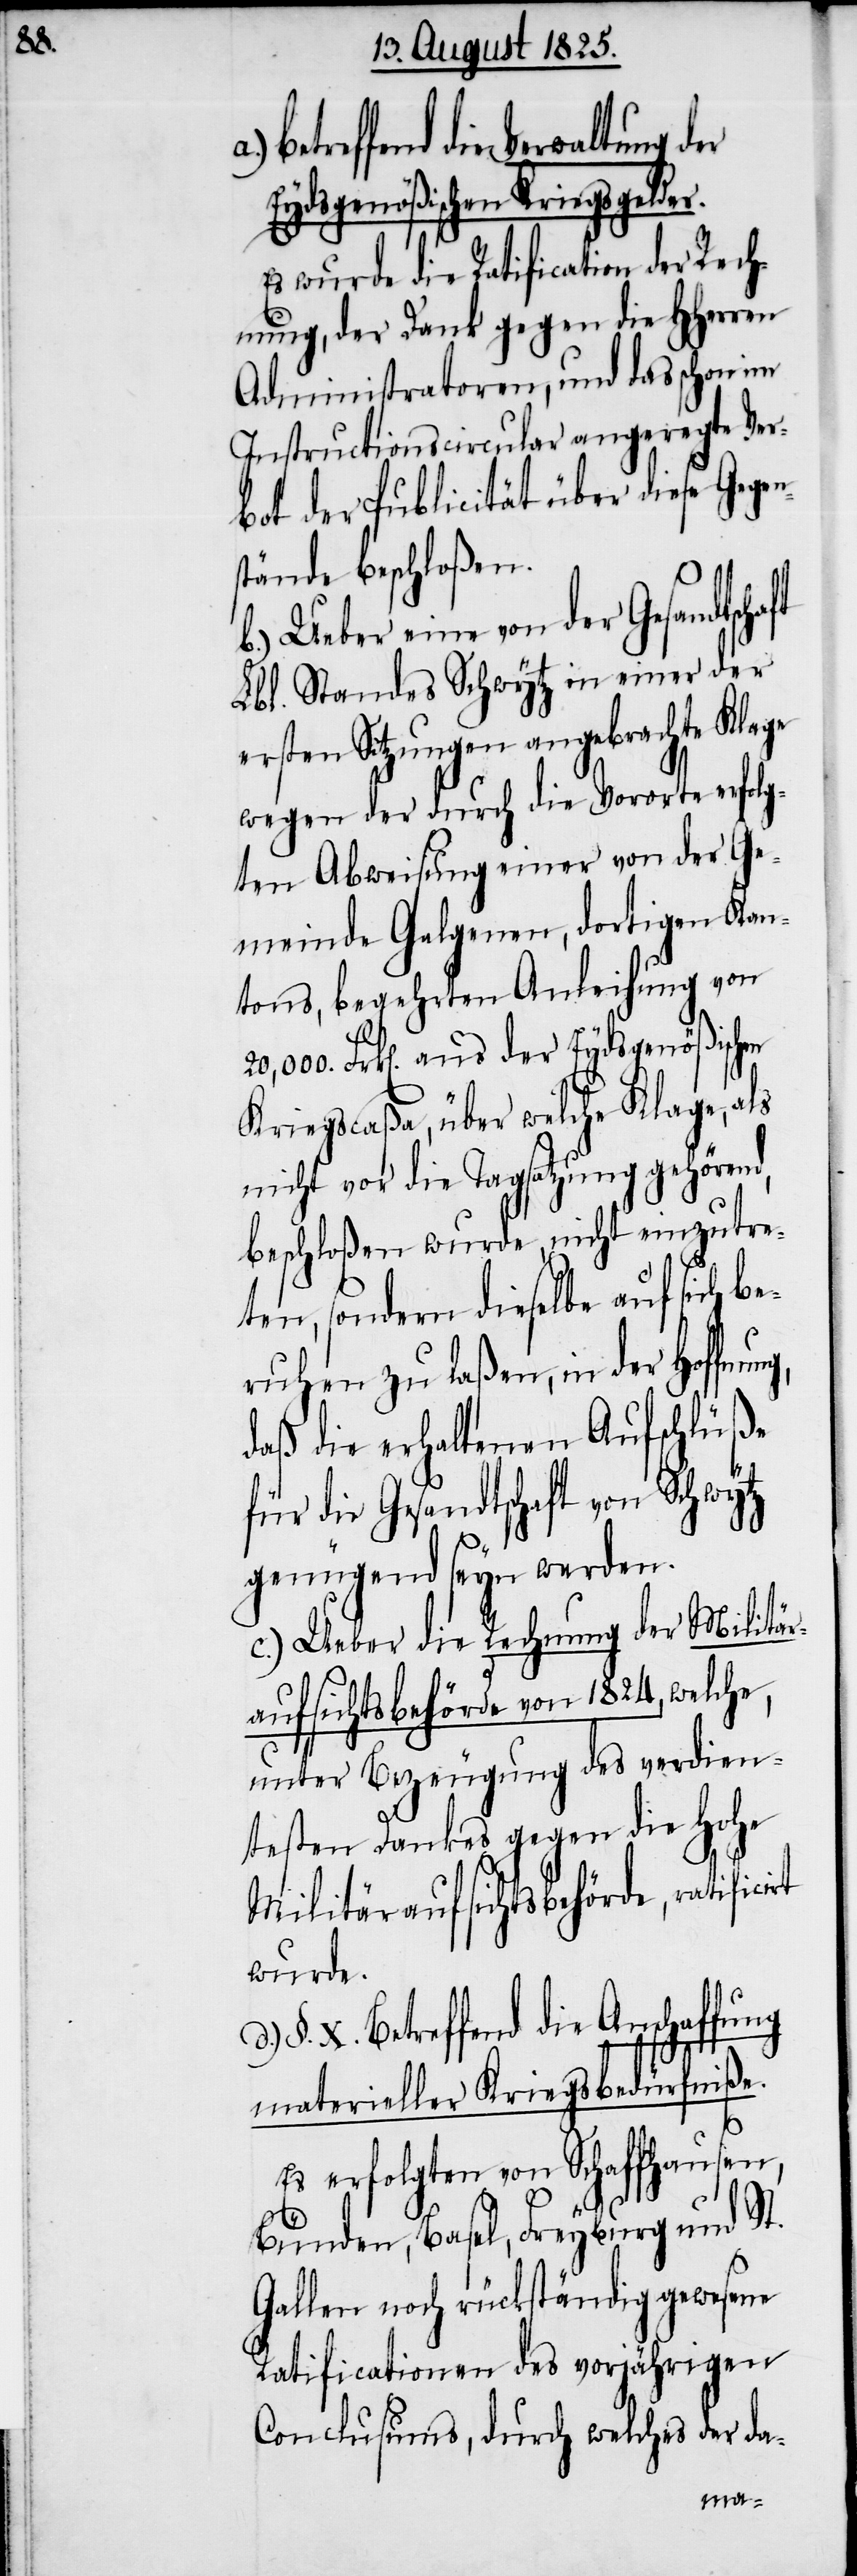
Eydsgenößischen Kriegsgelder.
Es wurde die Ratification der Rech¬
nung, der Dank gegen die Hherren
Administratoren, und das schon im
Instructionscircular angeregte Ver¬
bot der Publicität über diese Gegen¬
stände beschloßen.
b.) Ueber eine von der Gesandtsch¬
Lbl. Standes Schwytz in einer der
ersten Sitzungen angebrachte Klage
wegen der durch die Vororte erfolg¬
ten Abweisung einer von der Ge¬
meinde Galgenen, dortigen Kan¬
tons, begehrten Anleihung von
Frk[en]. aus der Eydsgenößischen
Kriegscaßa, über welche Klage, als
nicht vor die Tagsatzung gehörend,
beschloßen wurde, nicht einzutre¬
ten, sondern dieselbe auf sich be¬
ruhen zu laßen, in der Hoffn¬
daß die erhaltenen Aufschlüße
für die Gesandtschaft von Schwytz
genügend seyn werden.
c.) Ueber die Rechnung der Militär¬
aufsichtsbehörde von 1824, welche,
unter Bezeugung des verdien¬
testen Dankes gegen die hohe
Militäraufsichtsbehörde, ratifici¬
wurde.
§. X. Betreffend die Anschaffung
rt
materieller Kriegsbedürfniße.
Es erfolgten von Schaffhausen,
ung,
Bünden, Basel, Freyburg und St.
Gallen noch rückständig gewesene
Ratificationen des vorjährigen
Conclusums, durch welches der da-